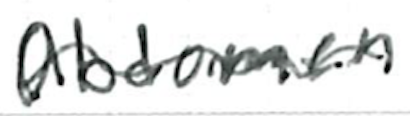
Text: abdomen.
Cross-out: wave
Writing tool: ballpoint